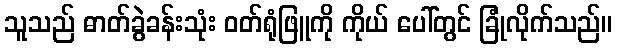
သူသည် ဓာတ်ခွဲခန်းသုံး ဝတ်ရုံဖြူကို ကိုယ် ပေါ်တွင် ခြုံလိုက်သည်။